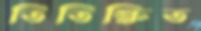
তিতিক্ষিত